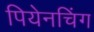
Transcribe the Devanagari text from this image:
पियेनचिंग